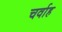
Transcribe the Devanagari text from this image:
चर्वाह